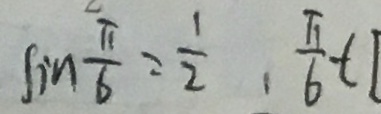
\sin \frac { \pi } { 6 } = \frac { 1 } { 2 } , \frac { \pi } { 6 } t [